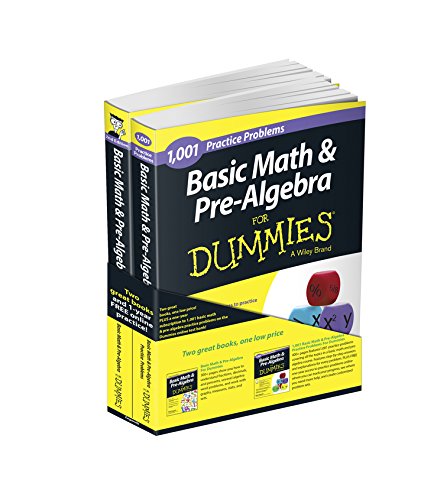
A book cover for Basic Math and Pre-Algebra: Learn and Practice 2 Book Bundle with 1 Year Online Access (For Dummies Series); Mark Zegarelli; Computers & Technology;